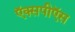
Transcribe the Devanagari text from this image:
ऍक्सपीऍस